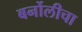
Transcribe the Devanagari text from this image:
बर्नोलीचा